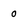
Character: 0